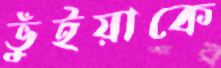
ভুঁইয়াকে